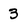
Character: 3